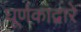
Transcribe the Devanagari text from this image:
घूर्णकाद्वारे